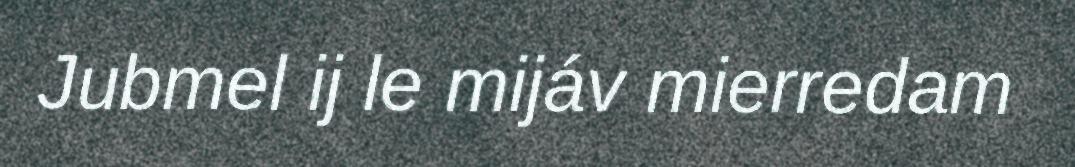
Jubmel ij le mijáv mierredam